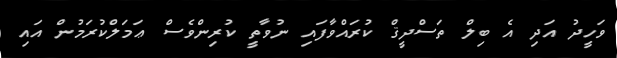
ވަހީދު އަދި އެ ބިލް ތަސްދީޤް ކުރައްވާފައި ނުވާތީ ކުރިންވެސް ޢަމަލްކުރަމުން އައި